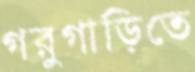
গরুগাড়িতে